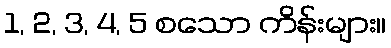
1, 2, 3, 4, 5 စသော ကိန်းများ။